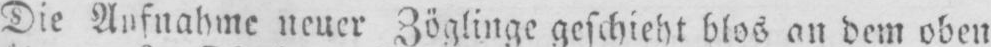
Die Aufnahme neuer Zöglinge geschieht blos an dem oben